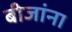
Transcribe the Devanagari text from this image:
बीजांना